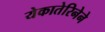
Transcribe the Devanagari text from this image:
येकातेरिनेने